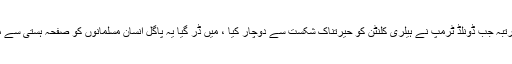
دوسری مرتبہ جب ڈونلڈ ٹرمپ نے ہیلری کلنٹن کو حیرتناک شکست سے دوچار کیا ، میں ڈر گیا یہ پاگل انسان مسلمانوں کو صفحہ ہستی سے مٹا دے گا۔